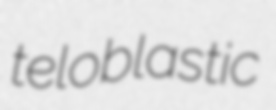
teloblastic